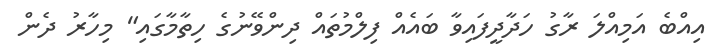
އިއްބެ އަމިއްލަ ރާގު ހަދާދީފައިވާ ބައެއް ފިލްމުތައް ދިންވޭނުގެ ހިތާމާގައި" މިހާރު ދެން